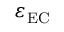
\varepsilon _ { \mathrm { E C } }